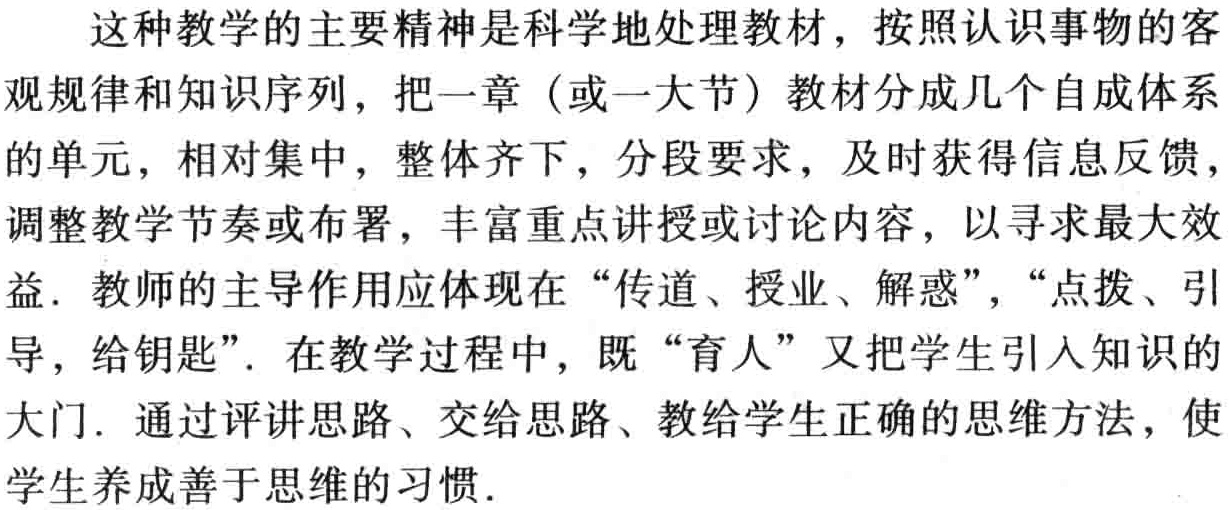
这种教学的主要精神是科学地处理教材，按照认识事物的客观规律和知识序列，把一章（或一大节）教材分成几个自成体系的单元，相对集中，整体齐下，分段要求，及时获得信息反馈，调整教学节奏或布署，丰富重点讲授或讨论内容，以寻求最大效益. 教师的主导作用应体现在“传道、授业、解惑”，“点拨、引导，给钥匙”. 在教学过程中，既“育人”又把学生引入知识的大门. 通过评讲思路、交给思路、教给学生正确的思维方法，使学生养成善于思维的习惯.